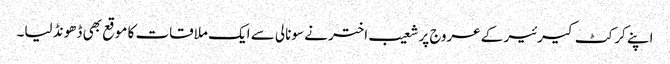
اپنے کرکٹ کیرئیر کے عروج پر شعیب اختر نے سونالی سے ایک ملاقات کا موقع بھی ڈھونڈ لیا۔